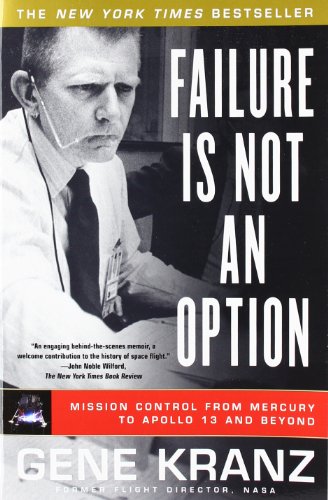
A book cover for Failure Is Not an Option: Mission Control From Mercury to Apollo 13 and Beyond; Gene Kranz; Engineering & Transportation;